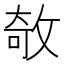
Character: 𢽽